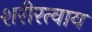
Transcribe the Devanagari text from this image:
शरीरत्वाय